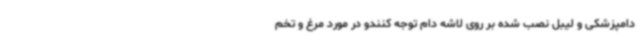
دامپزشکی و لیبل نصب شده بر روی لاشه دام توجه کنندو در مورد مرغ و تخم